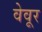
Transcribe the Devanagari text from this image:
वेवूर